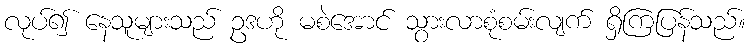
လုပ်၍ နေသူများသည် ဥဒဟို မစဲအောင် သွားလာစုံစမ်းလျက် ရှိကြပြန်သည်။